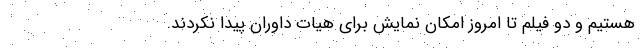
هستیم و دو فیلم تا امروز امکان نمایش برای هیات داوران پیدا نکردند.